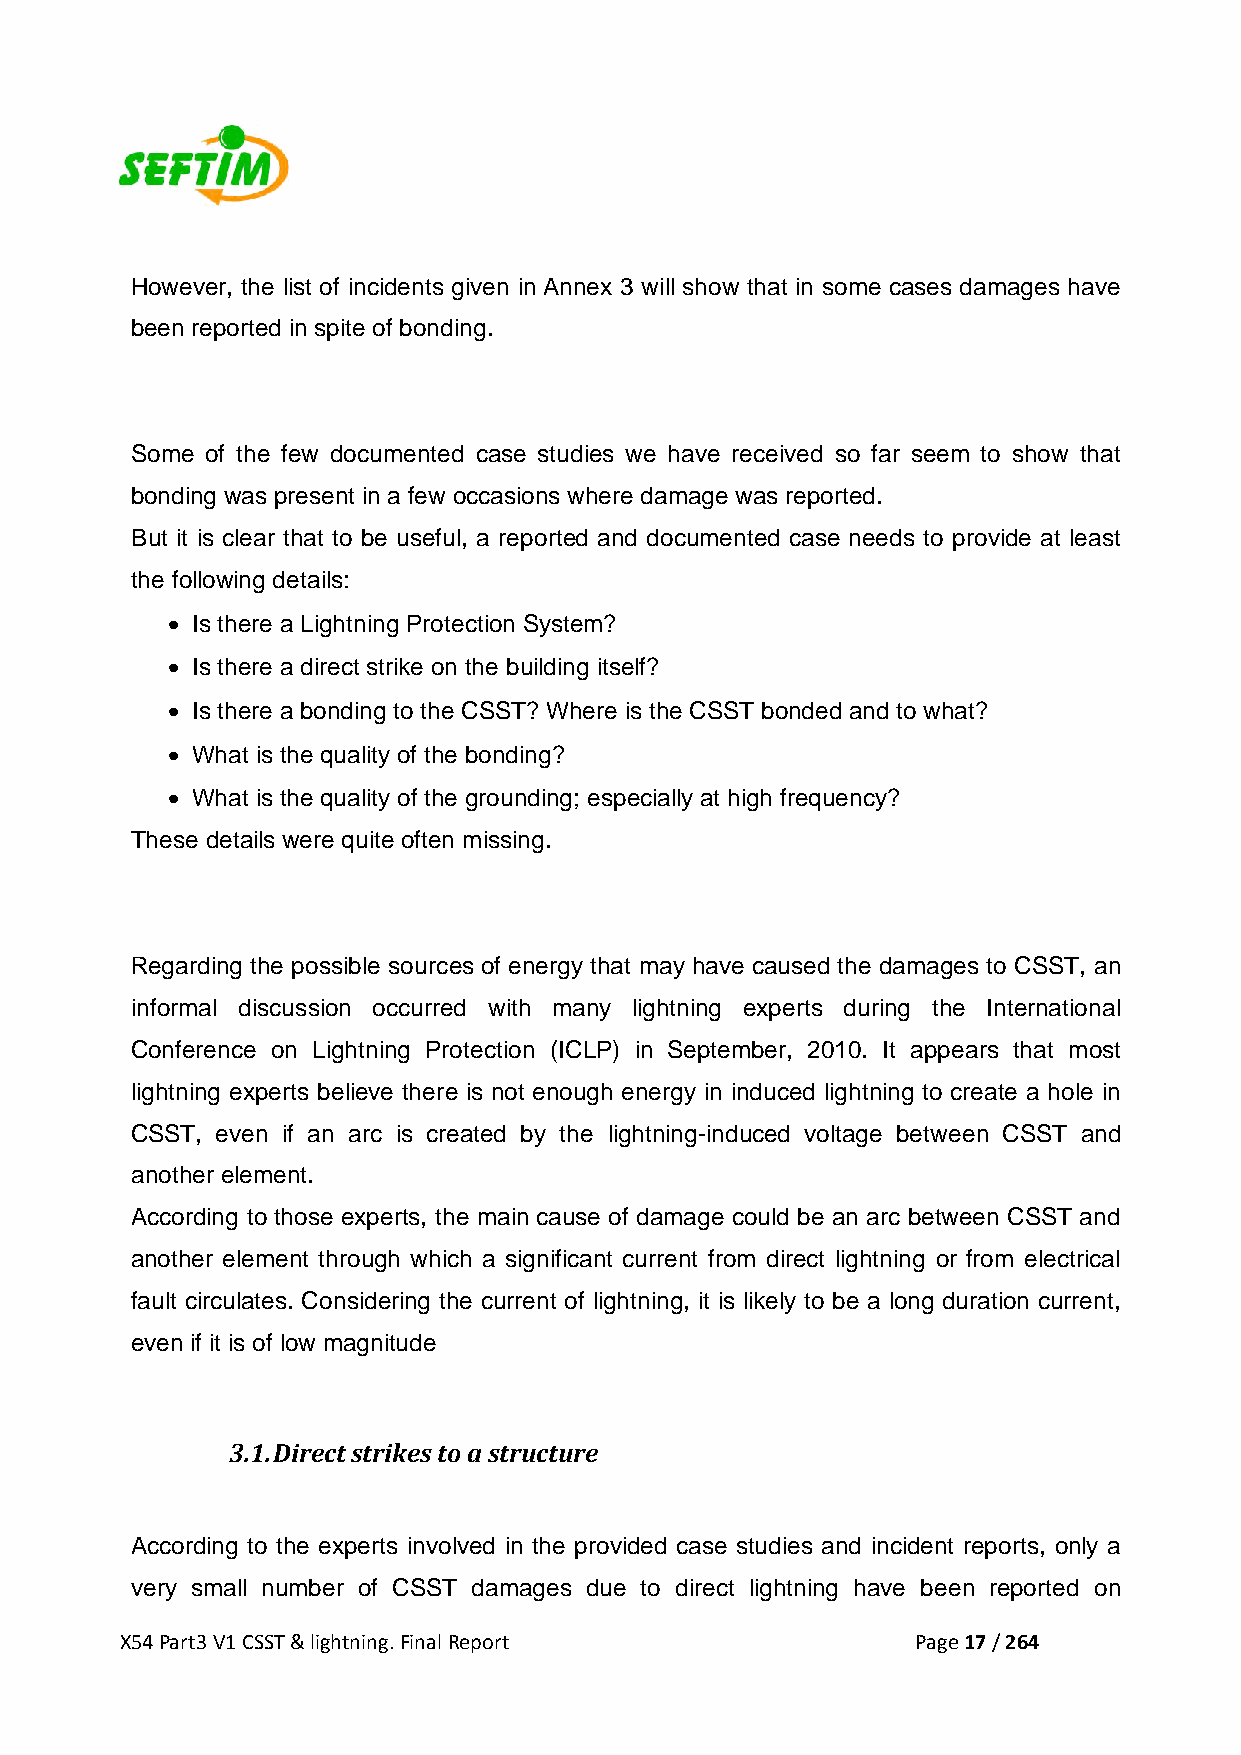
However, the list of incidents given in Annex 3 will show that in some cases damages have
 been reported in spite of bonding.
 Some of the few documented case studies we have received so far seem to show that
 bonding was present in a few occasions where damage was reported.
 But it is clear that to be useful, a reported and documented case needs to provide at least
 the following details:
 • Is there a Lightning Protection System?
 • Is there a direct strike on the building itself?
 • Is there a bonding to the CSST? Where is the CSST bonded and to what?
 • What is the quality of the bonding?
 • What is the quality of the grounding; especially at high frequency?
 These details were quite often missing.
 Regarding the possible sources of energy that may have caused the damages to CSST, an
 informal discussion occurred with many lightning experts during the International
 Conference on Lightning Protection (ICLP) in September, 2010. It appears that most
 lightning experts believe there is not enough energy in induced lightning to create a hole in
 CSST, even if an arc is created by the lightning-induced voltage between CSST and
 another element.
 According to those experts, the main cause of damage could be an arc between CSST and
 another element through which a significant current from direct lightning or from electrical
 fault circulates. Considering the current of lightning, it is likely to be a long duration current,
 even if it is of low magnitude
 3.1. Direct strikes to a structure
 According to the experts involved in the provided case studies and incident reports, only a
 very small number of CSST damages due to direct lightning have been reported on
 X54 Part3 V1 CSST & lightning. Final Report          Page 17 / 264